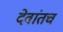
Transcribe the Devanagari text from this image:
देवांतच